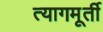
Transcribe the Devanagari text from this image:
त्यागमूर्ती